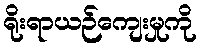
ရိုးရာယဉ်ကျေးမှုကို